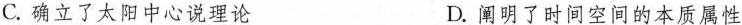
C.确立了太阳中心说理论 D.阐明了时间空间的本质属性